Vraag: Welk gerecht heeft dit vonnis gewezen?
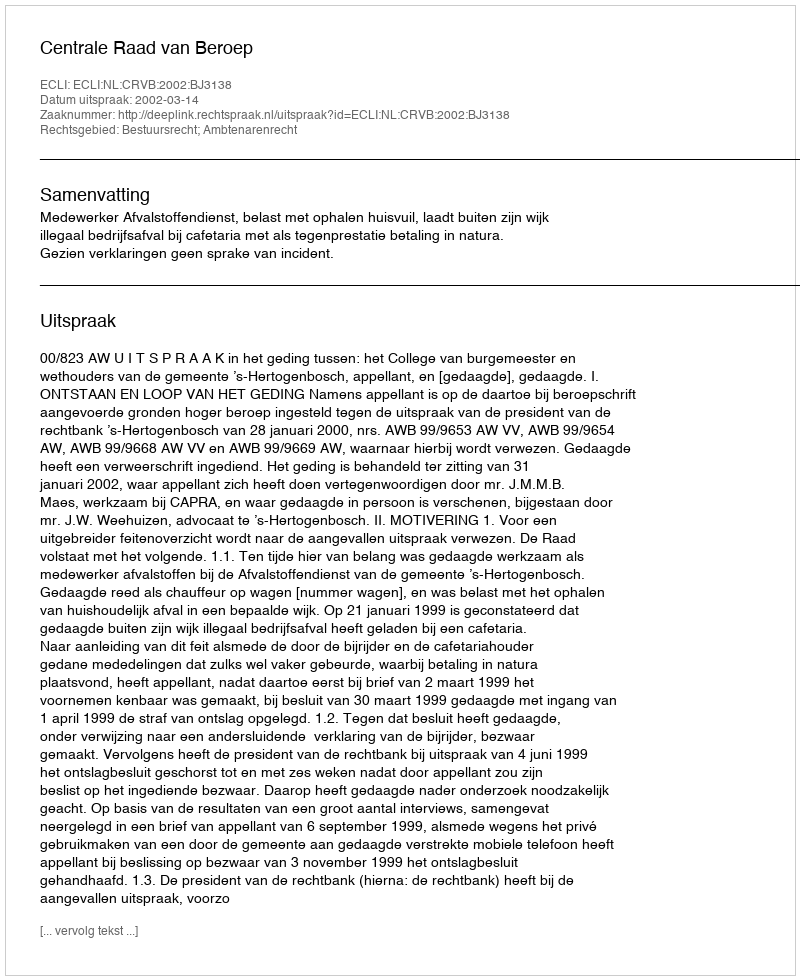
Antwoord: Centrale Raad van Beroep